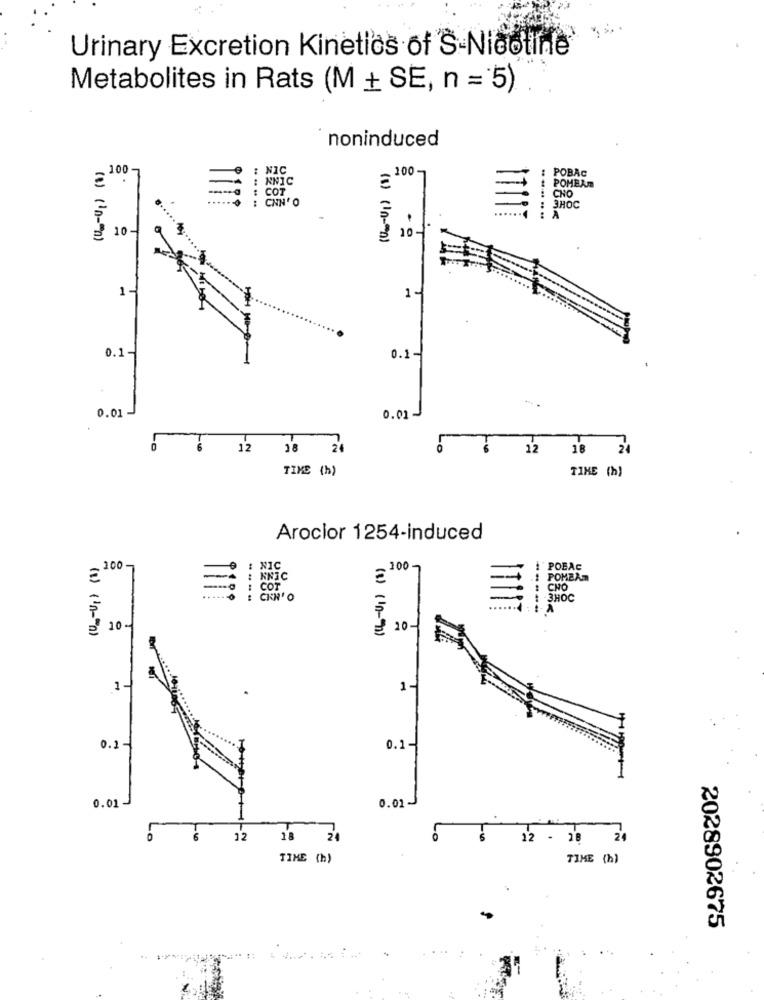
Urinary Excretion Kinetics of S-Nicotine
Metabolites in Rats (M + SE, n = 5) ..
noninduced
100
NIC
100
POBAC
NNIC
POMEAm
COT
CHO
CNN' O
3HOC
A
10
10
(8) ('n-"n)
(s) (10-00)
1-
1-
0.1-
0.1-
0.01-
0.01-
12
38 24
T
12
18
24
TIME (h)
TIME (h)
Arocior 1254-induced
100-
NIC
100-
POBAC
=
: NNIC
POMEAm
COT
CHO
CIAO
-3HOC
- A
( 1) ('n-"")
10.
20
1.
1
0.1 -1
0.1-
0.01-
0.01~
6
12
18
24
12 - 18 24
TIME (h)
TIME (h)
2028902675